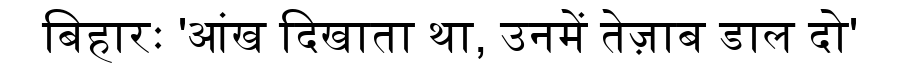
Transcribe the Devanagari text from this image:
बिहारः 'आंख दिखाता था, उनमें तेज़ाब डाल दो'